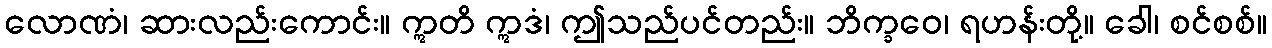
လောဏံ၊ ဆားလည်းကောင်း။ ဣတိ ဣဒံ၊ ဤသည်ပင်တည်း။ ဘိက္ခဝေ၊ ရဟန်းတို့။ ခေါ၊ စင်စစ်။